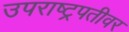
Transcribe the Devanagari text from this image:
उपराष्ट्रपतीवर